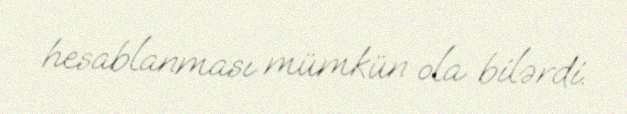
hesablanması mümkün ola bilərdi.